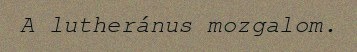
A lutheránus mozgalom.